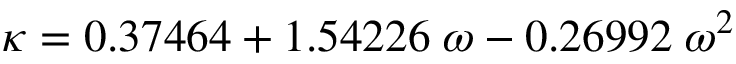
\kappa = 0 . 3 7 4 6 4 + 1 . 5 4 2 2 6 \; \omega - 0 . 2 6 9 9 2 \; \omega ^ { 2 }